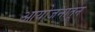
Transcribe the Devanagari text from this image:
आयोजनातून